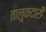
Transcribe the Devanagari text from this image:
तालुकदारी